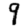
Digit: 9